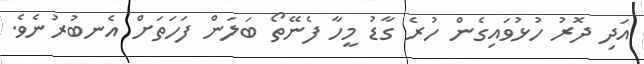
އަދި ދޮރު ހުޅުވައިގެން ހުރެ ގާޑު މީހާ ފެނޭތޯ ބަލަން ފަހަތަށް އެނބުރުނެވެ.